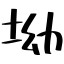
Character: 坳